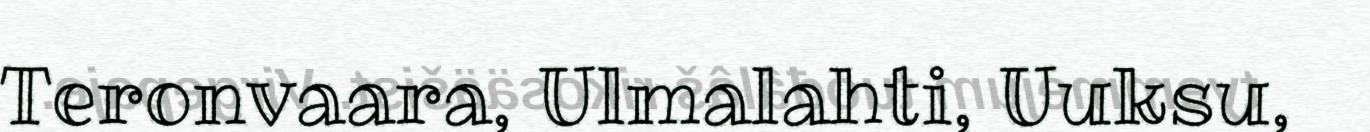
Teronvaara, Ulmalahti, Uuksu,